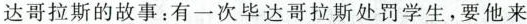
达哥拉斯的故事：有一次毕达哥拉斯处罚学生，要他来